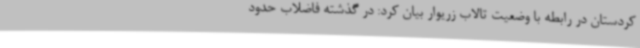
کردستان در رابطه با وضعیت تالاب زریوار بیان کرد: در گذشته فاضلاب حدود